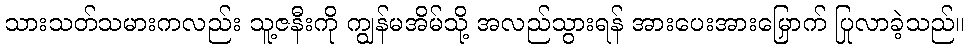
သားသတ်သမားကလည်း သူ့ဇနီးကို ကျွန်မအိမ်သို့ အလည်သွားရန် အားပေးအားမြှောက် ပြုလာခဲ့သည်။